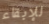
للإبقاء